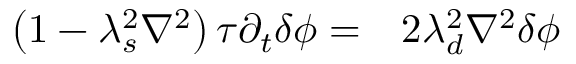
\begin{array} { r l } { \left( 1 - \lambda _ { s } ^ { 2 } \nabla ^ { 2 } \right) \tau \partial _ { t } \delta \phi = } & { { } 2 \lambda _ { d } ^ { 2 } \nabla ^ { 2 } \delta \phi } \end{array}